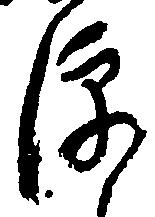
便